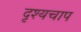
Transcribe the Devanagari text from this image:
दृश्यचाप